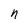
Character: n